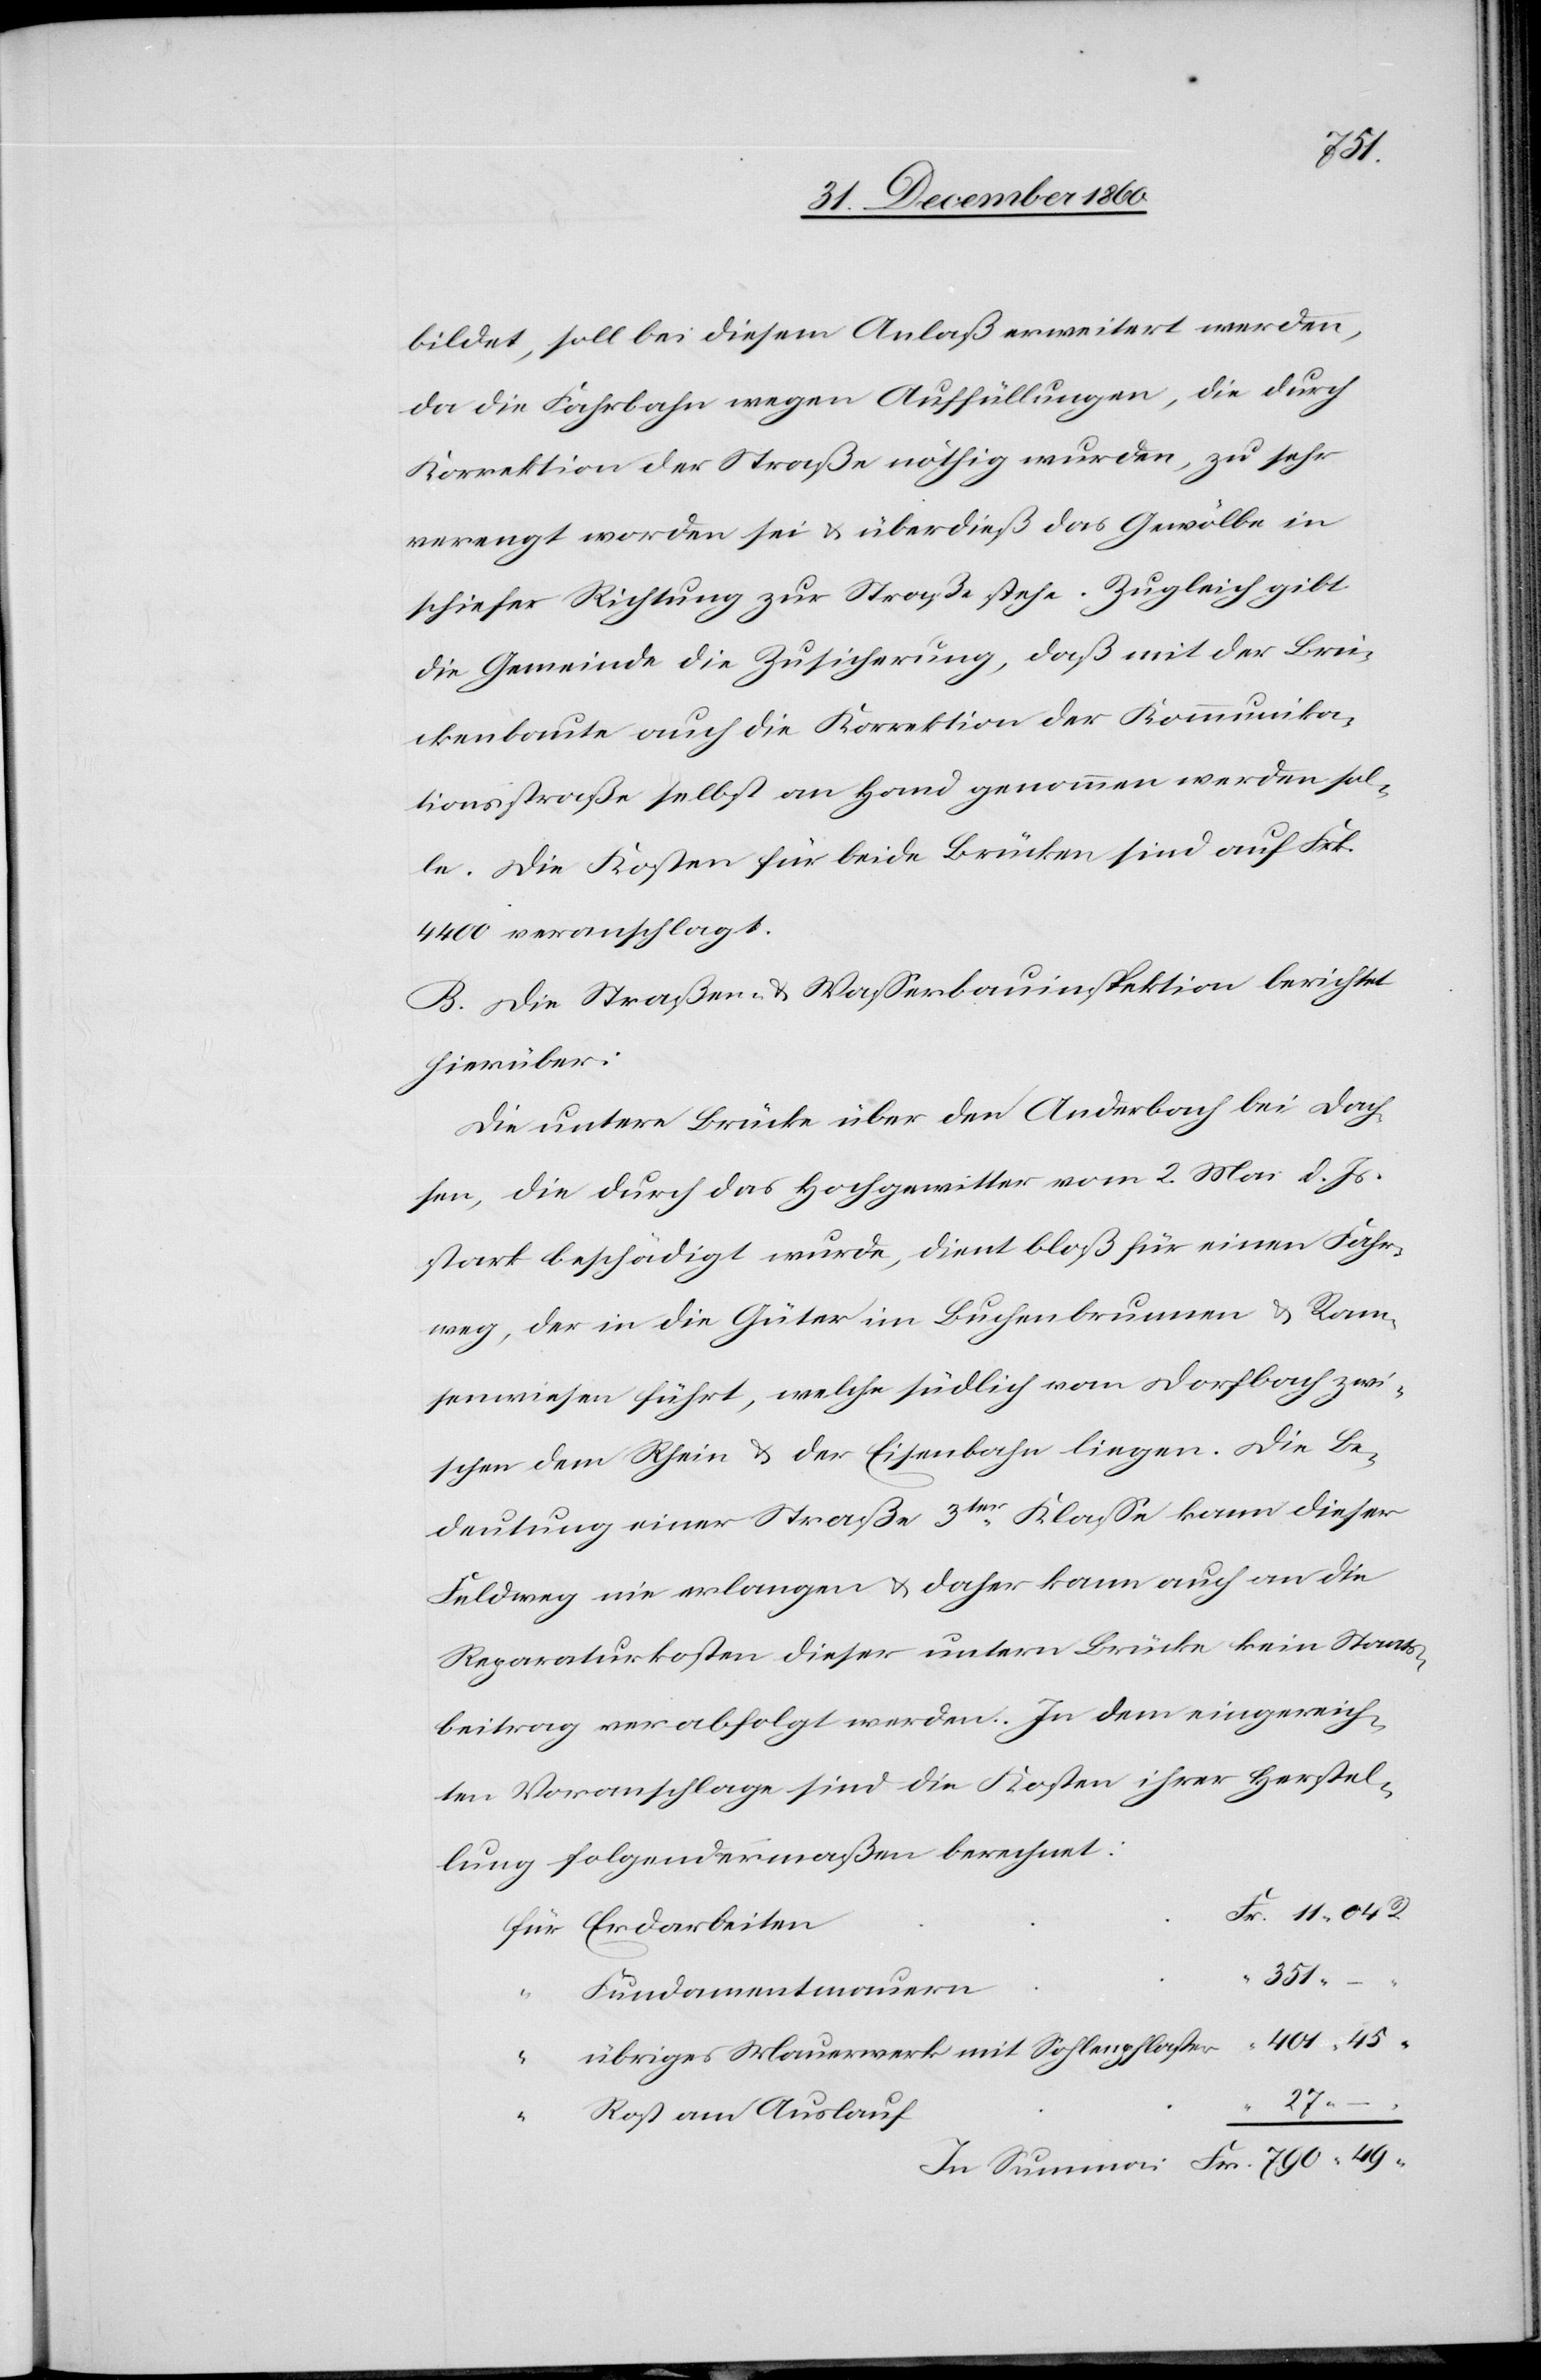
Fr.
bildet, soll bei diesem Anlaß erweitert werden,
da die Fahrbahn wegen Auffüllungen, die durch
Korrektion der Straße nöthig wurden, zu sehr
verengt worden sei u. überdieß das Gewölbe in
schiefer Richtung zur Straße stehe. Zugleich gibt
die Gemeinde die Zusicherung, daß mit der Brü¬
ckenbaute auch die Korrektion der Kommunika¬
tionsstraße selbst an Hand genommen werden sol¬
le. Die Kosten für beide Brücken sind auf Frk.
4400 veranschlagt.
B. Die Straßen- u. Wasserbauinspektion berichtet
hierüber:
Die untere Brücke über den Anderbach bei Dach¬
sen, die durch das Hochgewitter vom 2. Mai d. Js.
stark beschädigt wurde, dient bloß für einen Fahr¬
weg, der in die Güter im Buchenbrunnen u. Ram¬
senwiesen führt, welche südlich vom Dorfbach zwi¬
schen dem Rhein u. der Eisenbahn liegen. Die Be¬
deutung einer Straße 3ter Klasse kann dieser
Feldweg nie verlangen u. daher kann auch an die
Reparaturkosten dieser untern Brücke kein Staats¬
beitrag verabfolgt werden. In dem eingereich¬
ten Voranschlage sind die Kosten ihrer Herstel¬
lung folgendermaßen berechnet:
Fundamentmauern
übriges Mauerwerk mit Sohlenpflaster
27
–
Rost am Auslauf